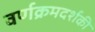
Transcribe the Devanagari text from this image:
वर्णक्रमदर्शकी